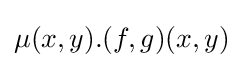
\mu (x,y).(f,g)(x,y)